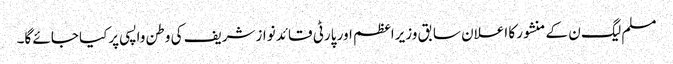
مسلم لیگ ن کے منشور کا اعلان سابق وزیراعظم اور پارٹی قائد نوازشریف کی وطن واپسی پرکیا جائے گا۔